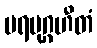
ပရမုဂ္ဂဟီတံ